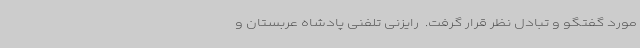
مورد گفتگو و تبادل نظر قرار گرفت. ‌ رایزنی تلفنی پادشاه عربستان و